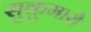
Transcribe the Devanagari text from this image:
सुकुमारौ